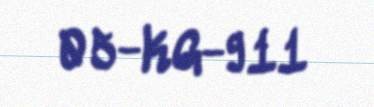
05-KG-911